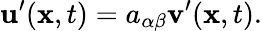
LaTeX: \mathbf{u}^{\prime}(\mathbf{x},t)=a_{\alpha\beta}\mathbf{v}^{\prime}(\mathbf{x},t).